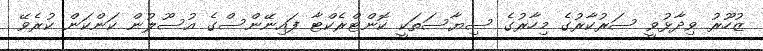
ޒުހޫރު ވިދާޅުވީ ސަރުކާރުގެ މިހާރުގެ ސިޔާސަތަކީ ކޮންޓްރެކްޓާ ފައިނޭންސްގެ އުސޫލުން ކަންކަން ކުރެވޭ